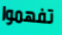
تفهموا